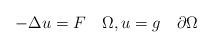
LaTeX: \begin{align*}-\Delta u = F \quad\Omega ,u=g\quad\partial\Omega\end{align*}